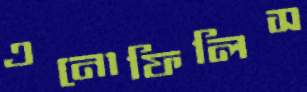
এনোফিলিস